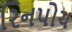
રિનપોચ